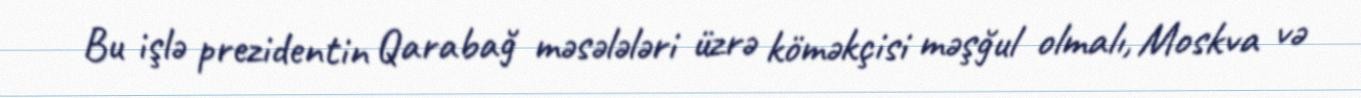
Bu işlə prezidentin Qarabağ məsələləri üzrə köməkçisi məşğul olmalı, Moskva və